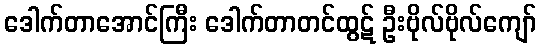
ဒေါက်တာအောင်ကြီး ဒေါက်တာတင်ထွဋ် ဦးဗိုလ်ဗိုလ်ကျော်